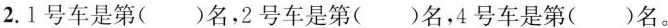
2.1号车是第( )名，2号车是第( )名，4号车是第( )名。